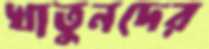
খাতুনদের